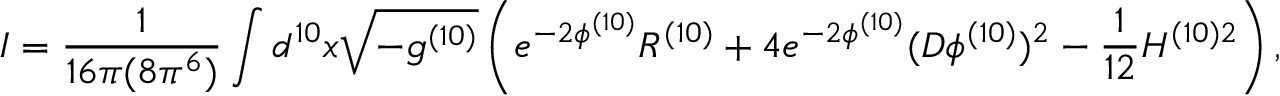
I = \frac { 1 } { 1 6 \pi ( 8 \pi ^ { 6 } ) } \int d ^ { 1 0 } x \sqrt { - g ^ { ( 1 0 ) } } \left( e ^ { - 2 \phi ^ { ( 1 0 ) } } R ^ { ( 1 0 ) } + 4 e ^ { - 2 \phi ^ { ( 1 0 ) } } ( D \phi ^ { ( 1 0 ) } ) ^ { 2 } - \frac { 1 } { 1 2 } H ^ { ( 1 0 ) 2 } \right) ,